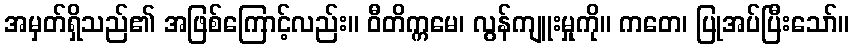
အမှတ်ရှိသည်၏ အဖြစ်ကြောင့်လည်း။ ဝီတိက္ကမေ၊ လွန်ကျူးမှုကို။ ကတေ၊ ပြုအပ်ပြီးသော်။